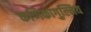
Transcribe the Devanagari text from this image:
कणिकागुल्मिय